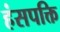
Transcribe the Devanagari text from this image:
हंसपक्ति